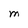
Character: M